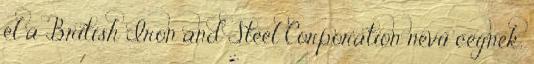
el a British Iron and Steel Corporation nevű cégnek,